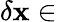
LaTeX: \delta\mathbf{x}\in